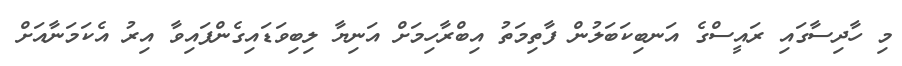
މި ހާދިސާގައި ރައީސްގެ އަނބިކަބަލުން ފާތިމަތު އިބްރާހިމަށް އަނިޔާ ލިބިވަޑައިގެންފައިވާ އިރު އެކަމަނާއަށް